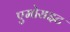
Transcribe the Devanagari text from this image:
एमोराइट